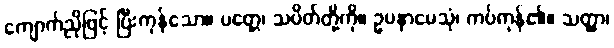
ကျောက်ညိုဖြင့် ပြီးကုန်သော။ ပတ္တေ၊ သပိတ်တို့ကို။ ဥပနာမေသုံ၊ ကပ်ကုန်၏။ သတ္ထာ၊